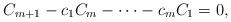
LaTeX: \begin{align*}C_{m+1} - c_1C_m - \dots - c_mC_1 = 0,\end{align*}